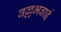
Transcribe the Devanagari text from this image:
वल्लभबाई